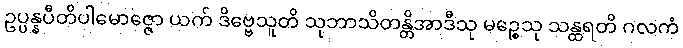
ဥပ္ပန္နပီတိပါမောဇ္ဇော ယက် ဒိဗ္ဗေသူတိ သုဘာသိတန္တိအာဒီသု မဉ္စေသု သန္ထရတိ ဂလကံ